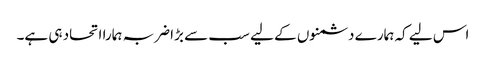
اس لیے کہ ہمارے دشمنوں کے لیے سب سے بڑا ضربہ ہمارا اتحاد ہی ہے۔